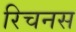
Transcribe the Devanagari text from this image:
रिचनस